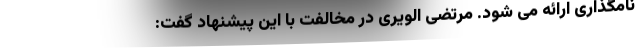
نامگذاری ارائه می شود. مرتضی الویری در مخالفت با این پیشنهاد گفت: